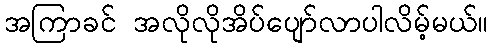
အကြာခင် အလိုလိုအိပ်ပျော်လာပါလိမ့်မယ်။